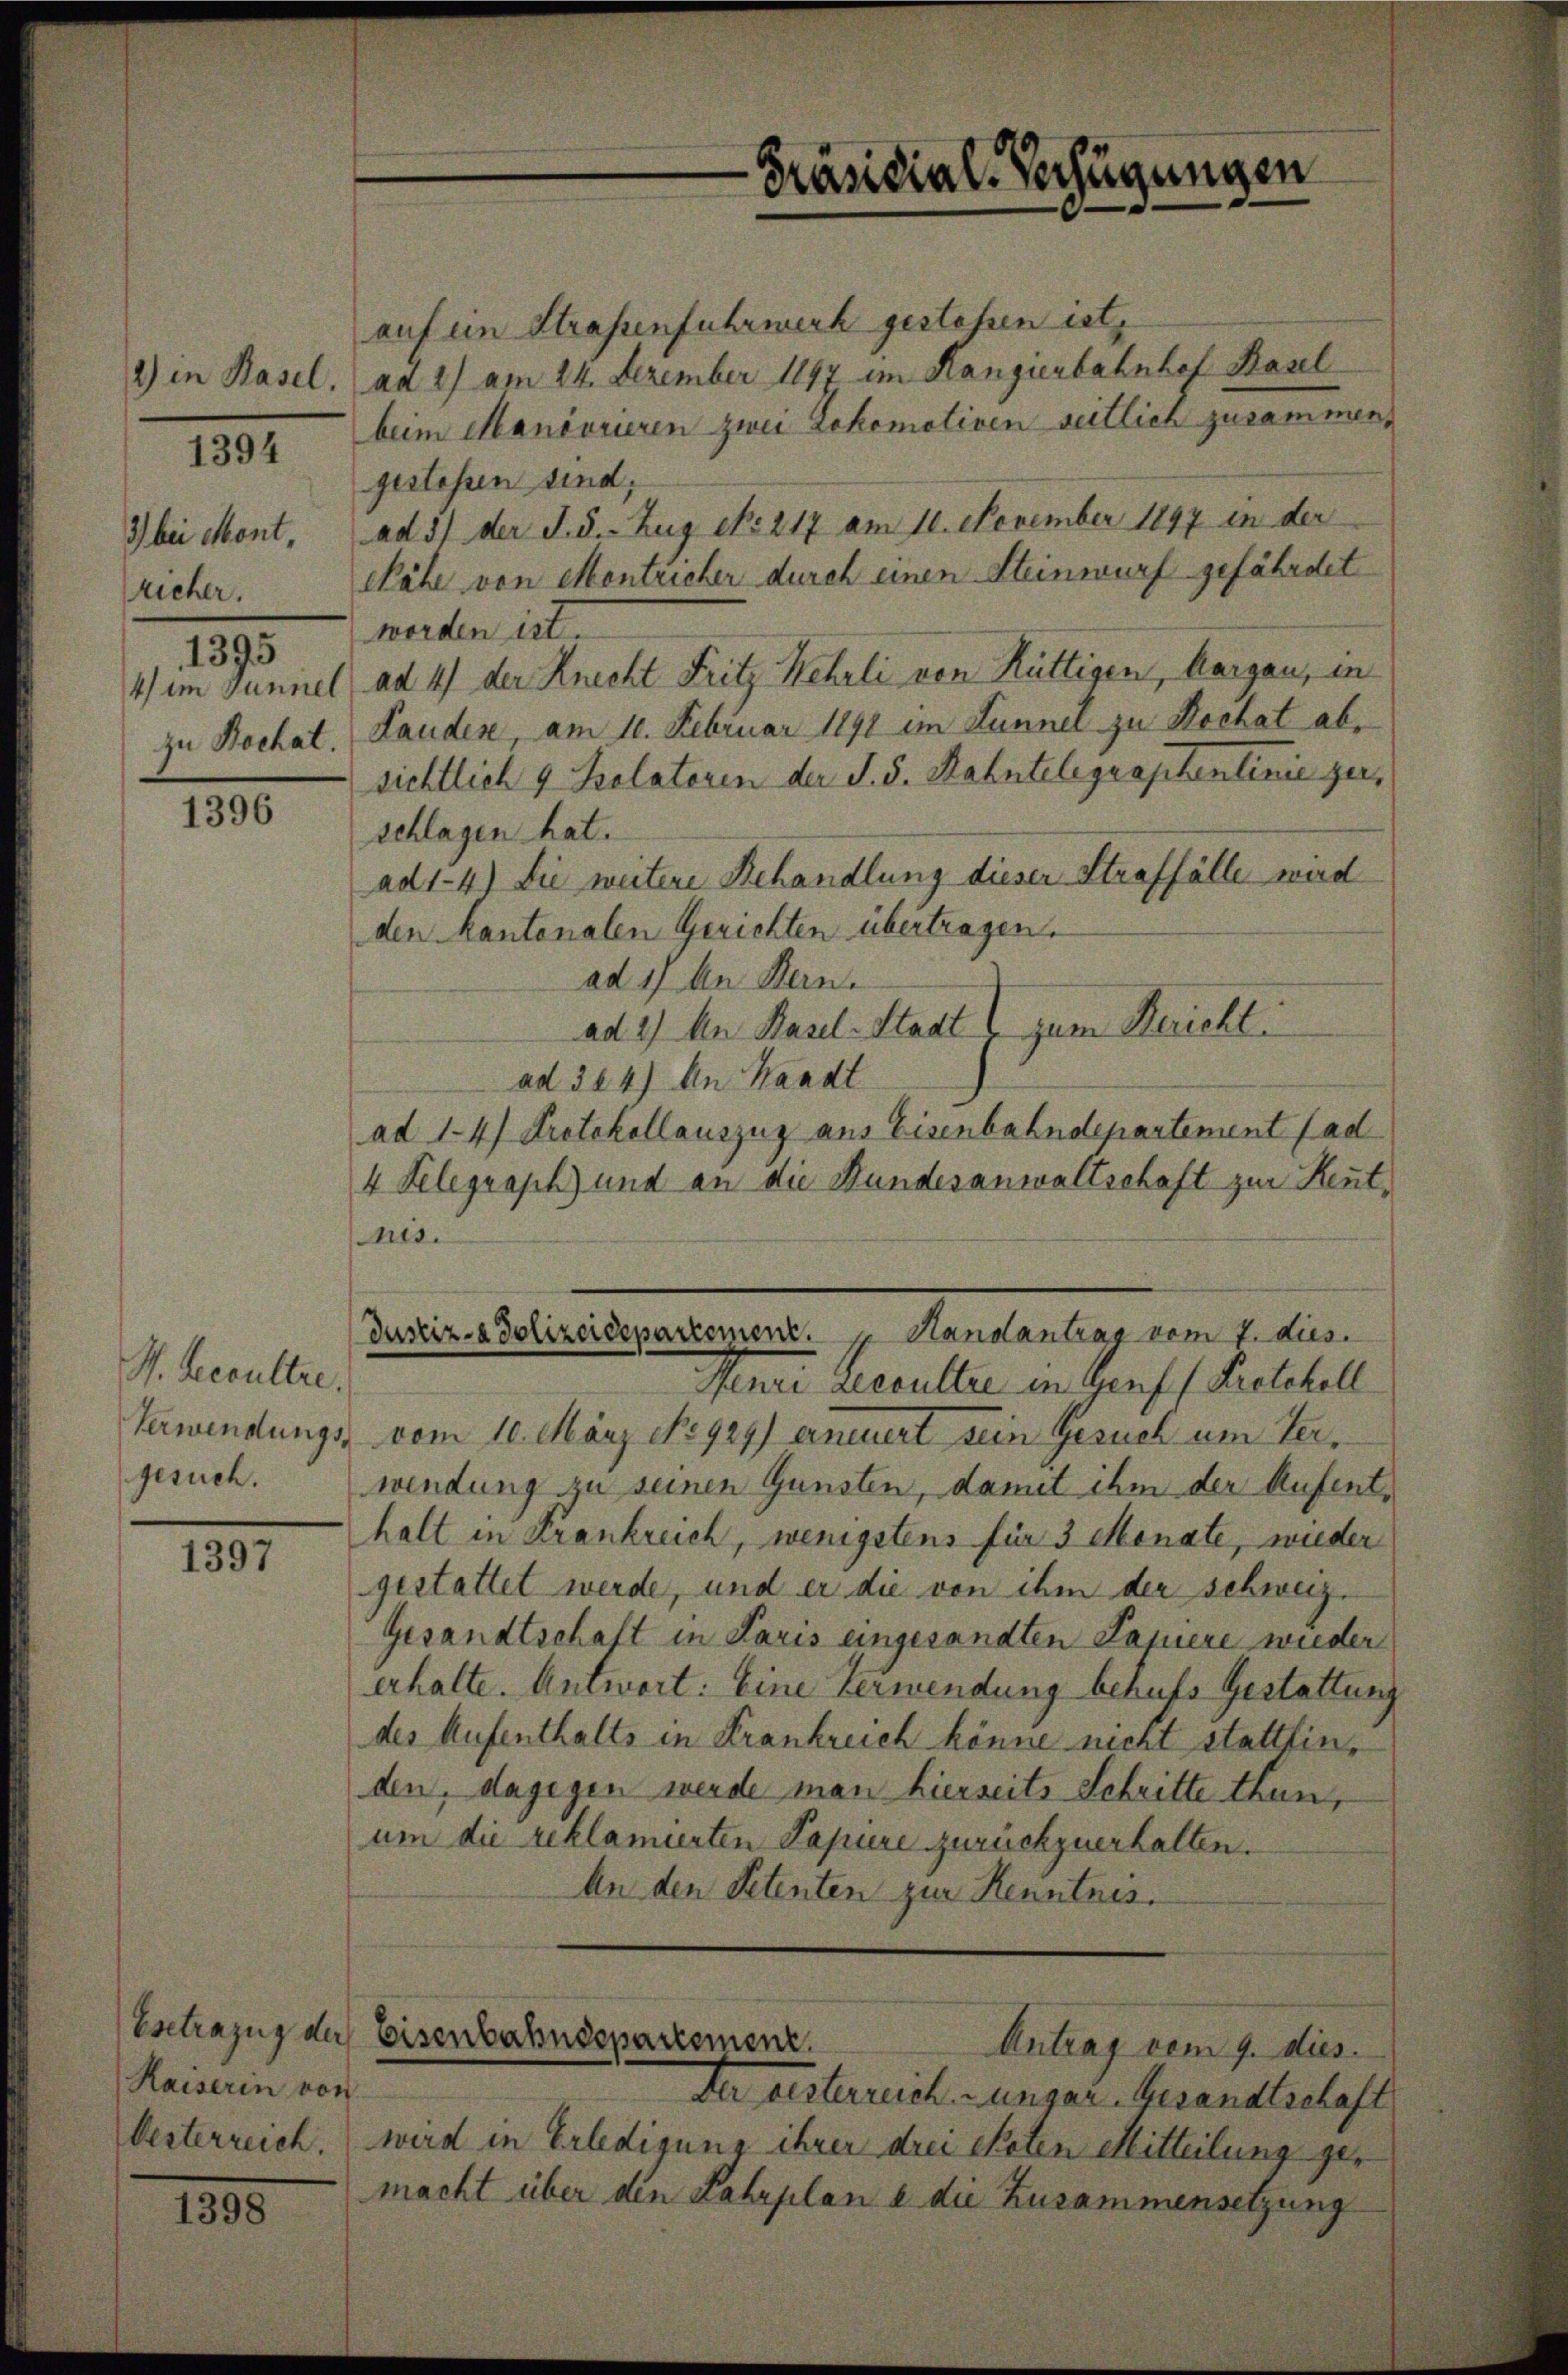
2) in Basel,
3) bei Mont,
richer.
1395
4 im Tunnel
zu Bachat.

1394

1396

H. Resultre.
Verwendungs-
gesuch.

1397

Esetrazug der
Kaiserin von

1398

Präsidial-Verfügungen

auf ein Strassenfuhrwerk gestehen ist,
ad 2) am 24. Dezember 1897 im Rangierbahnhof Basel
beim Manövrieren zwei Lokomotiven seitlich zusammen,
gestessen sind,
ad 3) der S. 5.- Zug No. 217 am 10. November 1897 in der
Nähe von Montricher durch einen Steinwurf gefährdet
worden ist.
ad 4) der Knecht Fritz Kehrli von Rüttigen, Aargau, in
Landes, am 10. Februar 1891 im Lunnel zu Kochat absichtlich 9 Kolatoren der J. S. Rahntelegraphentinie zerschlagen hat.
ad1-4) Sie weitere Behandlung dieser Straffälle wird
den Kantonalen Gerichten übertragen.
ad 17 An Bern.
ad 2.) An Basel-Stadt zum Bericht
ad 324) An Waadt
ad 1-4) Protokollauszug aus Eisenbahndepartement fad
4 Telegraph und an die Hundesanwaltschaft zur Keutnis.
Justiz- & Polizeidepartement.   Handantrag vom 7. dies
Mente Resulte in Genf, Pretchell
vom 10. März No 929) anniert sein Gesuch um Verwendung zu seinen Gunsten, damit ihm der Aufenthalt in Frankreich, wenigstens für 3 Monate, wieder
gestattet werde, und er die von ihm der schweiz.
Gesandtschaft in Paris eingesandten Papiere wieder
erhalte. Antwort: Eine Verwendung behufs Gestattung
des Aufenthalts in Krankreich könne nicht stattfinden, dagegen werde man hierseits Schritte thun,
um die reklamierten Papiere zurückzuerhalten.
An den Petenten zur Kenntnis.

Der gesterreich. Lunger Gesandtschaft
Oesterreich, wird in Erledigung ihrer drei Skaten Mitteilung gemacht über den Fahrplan u. die Zusammensetzung

Eisenbahndepartement.
Antrag vom 9. dies